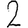
Digit: 2